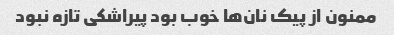
ممنون از پیک نان‌ها خوب بود پیراشکی تازه نبود